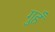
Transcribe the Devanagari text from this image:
गुहँ